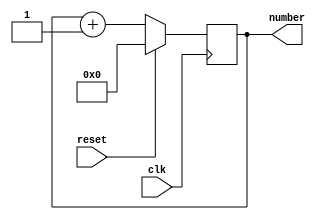
`timescale 1ns/1ps
module Sysclk (
    input clk,
    input reset,
    output [31:0] number
);
    reg [31:0] num;
    assign number = num;
    always @(posedge clk) begin
        if (reset) num <= 32'b0;
        else num <= num + 1;
    end
endmodule //Sysclk